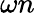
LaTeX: \omega n